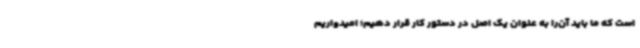
است که ما باید آن‌را به عنوان یک اصل در دستور کار قرار دهیم؛ امیدواریم